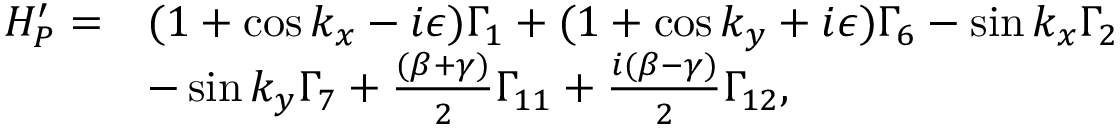
\begin{array} { r l } { H _ { P } ^ { \prime } = } & { ( 1 + \cos k _ { x } - i \epsilon ) \Gamma _ { 1 } + ( 1 + \cos k _ { y } + i \epsilon ) \Gamma _ { 6 } - \sin k _ { x } \Gamma _ { 2 } } \\ & { - \sin k _ { y } \Gamma _ { 7 } + \frac { ( \beta + \gamma ) } { 2 } \Gamma _ { 1 1 } + \frac { i ( \beta - \gamma ) } { 2 } \Gamma _ { 1 2 } , } \end{array}